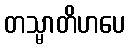
တသ္မာတိဟပေ